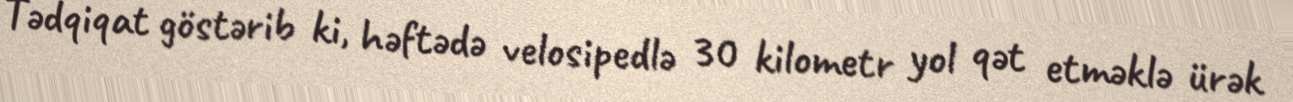
Tədqiqat göstərib ki, həftədə velosipedlə 30 kilometr yol qət etməklə ürək